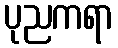
ပုညကရာ